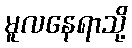
မူလနေရာသို့